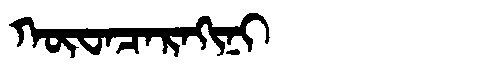
Manchu: ᡴᡡᠸᠠᠴᠠᡵᠠᡴᡳᠨᡳ
Romanization: KŪWACARAKINI